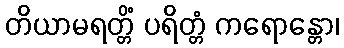
တိယာမရတ္တိံ ပရိတ္တံ ကရောန္တော၊